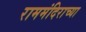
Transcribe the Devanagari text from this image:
राममंदिराच्या